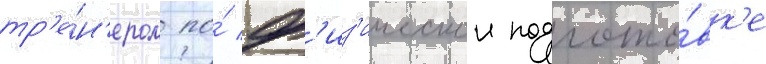
тр'е́н'ером по́ ф'из'ическои подгото́вк'е